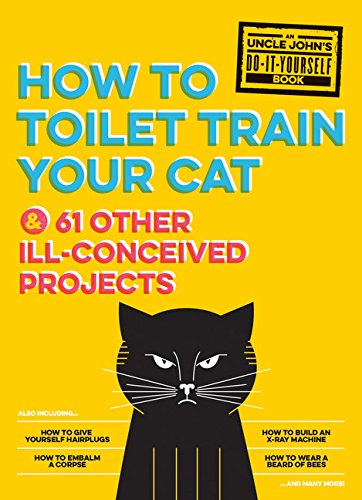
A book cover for Uncle John's How to Toilet Train Your Cat: And 61 Other Ill-Conceived Projects (Uncle John's Bathroom Reader); Bathroom Readers' Institute; Humor & Entertainment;